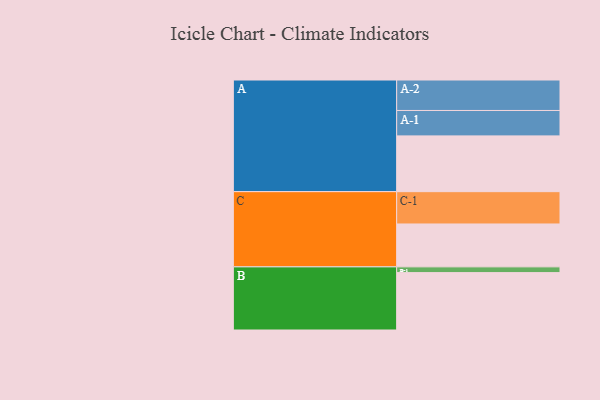
{"axis": {"x": "Segment", "y": "Value"}, "legend": ["", "A", "B", "C"], "data": [{"x": "A", "y": 485, "type": ""}, {"x": "B", "y": 499, "type": ""}, {"x": "C", "y": 373, "type": ""}, {"x": "A-1", "y": 221, "type": "A"}, {"x": "A-2", "y": 265, "type": "A"}, {"x": "B-1", "y": 50, "type": "B"}, {"x": "C-1", "y": 281, "type": "C"}]}